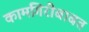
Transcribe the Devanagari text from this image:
कामगिरीबाबत